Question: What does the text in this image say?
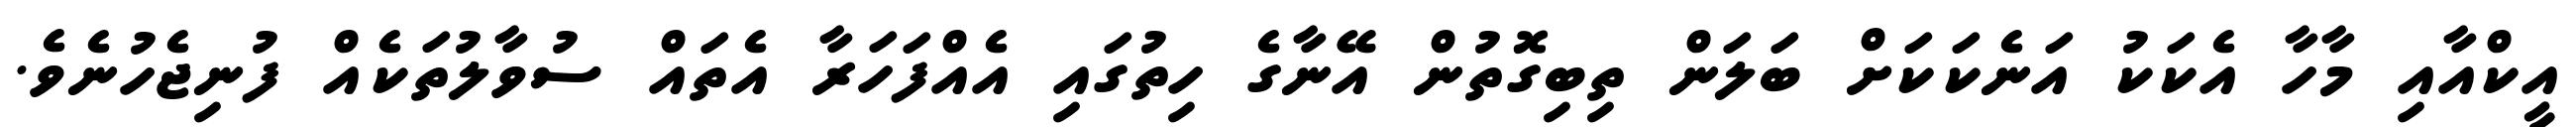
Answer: އީކްއާއި މާހާ އެކަކު އަނެކަކަށް ބަލަން ތިބިގޮތުން އޭނާގެ ހިތުގައި އެއްފަހަރާ އެތައް ސުވާލުތަކެއް ފުނިޖެހުނެވެ.